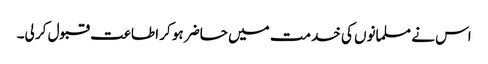
اس نے مسلمانوں کی خدمت میں حاضر ہو کر اطاعت قبول کر لی۔